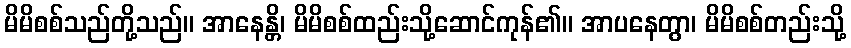
မိမိစစ်သည်တို့သည်။ အာနေန္တိ၊ မိမိစစ်ထည်းသို့ဆောင်ကုန်၏။ အာပနေတွာ၊ မိမိစစ်တည်းသို့